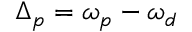
\Delta _ { p } = \omega _ { p } - \omega _ { d }